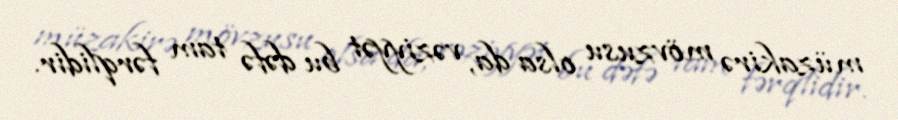
müzakirə mövzusu olsa da, vəziyyət bu dəfə tam fərqlidir.